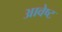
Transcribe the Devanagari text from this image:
आवेष्ट